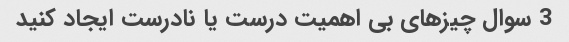
3 سوال چیزهای بی اهمیت درست یا نادرست ایجاد کنید